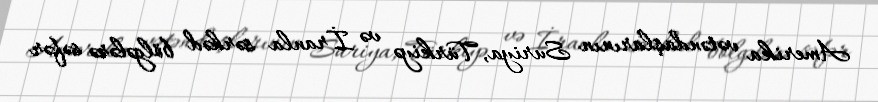
Amerika vətəndaşlarının Suriya, Türkiyə və İranla sərhəd bölgələrə səfər